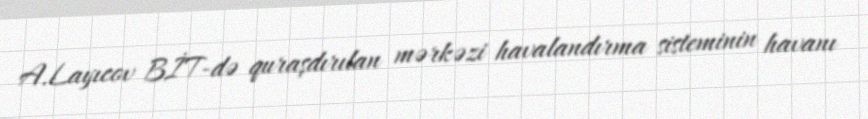
A.Layıcov BİT-də quraşdırılan mərkəzi havalandırma sisteminin havanı